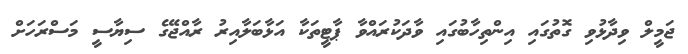
ޖަމީލް ވިދާޅުވި ގޮތުގައި އިންތިހާބުގައި ވާދަކުރައްވާ ޕާޓީތަކާ އަޅާބަލާއިރު ރާއްޖޭގެ ސިޔާސީ މަސްރަހަށް